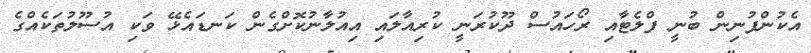
އެކުންފުނިން ބުނީ ފްލެޓާއި ރޯހައުސް ދޫކުރަނީ ކުރިއާލައި އިއުލާނުކޮށްގެން ކަނޑައެޅޭ ވަކި އުސޫލުތަކެއްގެ